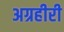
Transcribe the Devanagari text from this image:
अग्रहीरी